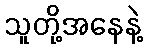
သူတို့အနေနဲ့